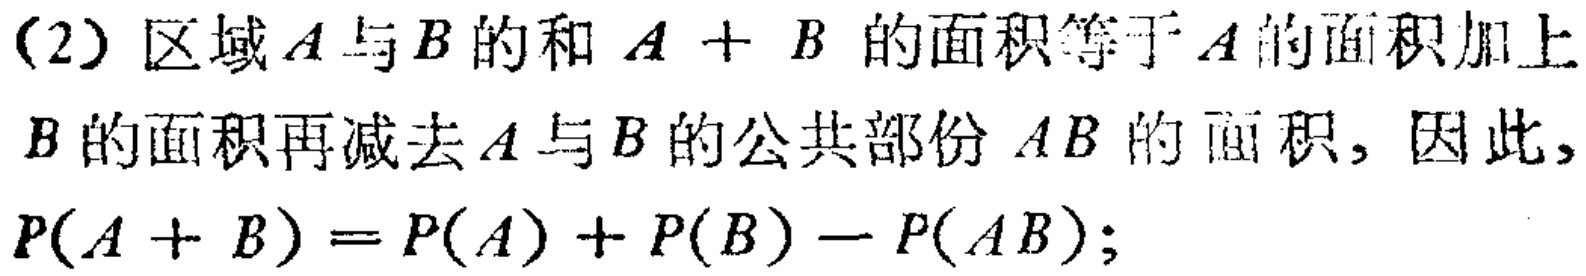
(2) 区域\(A\)与\(B\)的和 \(A + B\) 的面积等于\(A\)的面积加上\(B\)的面积再减去\(A\)与\(B\)的公共部份 \(AB\) 的面积, 因此,

\(P(A + B)=P(A)+P(B)-P(AB);\)